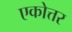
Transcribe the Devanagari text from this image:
एकोत्तर